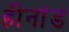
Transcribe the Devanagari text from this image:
हीनांड